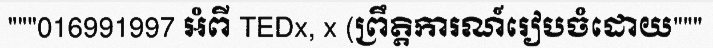
"""016991997 អំពី TEDx, x (ព្រឹត្តិការណ៍រៀបចំដោយ"""